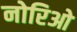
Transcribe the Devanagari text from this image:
नोरिओ